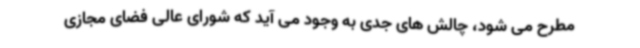
مطرح می شود، چالش های جدی به وجود می آید که شورای عالی فضای مجازی